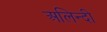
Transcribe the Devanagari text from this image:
अलिन्दी